Lock hospitals Punjab
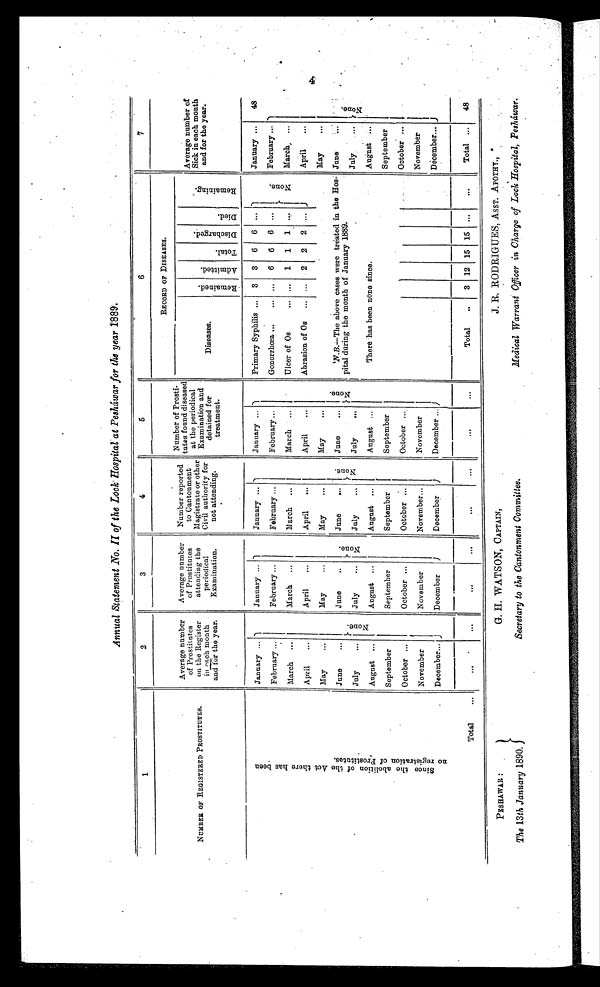
Annual Statement No. II of the Lock Hospital at Pesháwar for the year 1889.
1
2
3
4
5
6
7
NUMBER OF REGISTERED PROSTITUTES.
Average number
of Prostitutes
on the Register
in each month
and for the year.
Average number
of Prostitutes
attending the
periodical
Examination.
Number reported
to Cantonment
Magistrate or other
Civil authority for
not attending.
Number of Prosti-
tutes found diseased
at the periodical
Examination and
detained for
treatment
RECORD OF DISEASES.
Average number of
Sick in each month
and for the year.
Diseases.
R e m a i n e d .
A d m i t t e d .
T o t a l .
D i s c h a r g e d .
D i e d .
R e m a i n i n g .
S i n c e t h e a b o l i t i o n o f t h e t h e r e h a s b e e n n o r e g i s t r a t i o n o f P r o s t i t u t e s .
January ...
N o n e
January ...
N o n e . January ...
None.
January ...
N o n e .
Primary Syphilis ... 3 3 6 6 ... N o n e .
January ...
48
February ...
February ...
February ...
February ...
Gonorrhœa ... ... . . . 6 6 6 ...
February ...
N o n e .
March
...
March
...
M arch ...
March
...
Ulcer of Os
...
. . . 1 1 1
. . .
March,
...
April
...
April
...
April
...
April
...
Abrasion of Os ...
... 2 2 2 ...
April
...
May ...
May
...
May ...
May
...
'N.B.—The above cases were treated in the Hos-
pital during the month of January 1889.
May
...
June
...
June
...
June
...
June
...
June
July
...
July
...
July
...
July
...
July
August ...
August
...
August ...
August ...
There has been none since.
August ...
September
September
September
September
September
October ...
October ...
October
. . .
October
October ...
November
November
November...
November
November
December ...
December
December
December ...
December...
Total
...
...
. . .
...
...
...
. . .
. . . ...
Total
..
3 12 15 15 ...
...
Total ...
4 8
PESHAWAR:
The 13 th January 1890.
G. H. WATSON, CAPTAIN,
Secretary to the Cantonment Committee.
J. R. RODRIGUES, ASST. APOTHY.,
Medical Warrant Officer in Charge of Lock Hospital, Pesháwar.